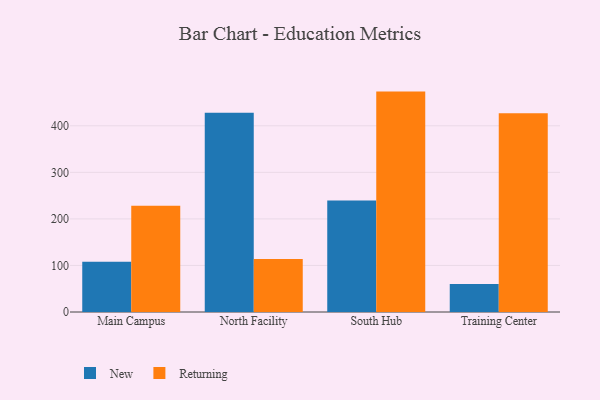
{"axis": {"x": "Campus", "y": "Energy Usage (MWh)"}, "legend": ["New", "Returning"], "data": [{"x": "Main Campus", "y": 107.9, "type": "New"}, {"x": "Main Campus", "y": 228.5, "type": "Returning"}, {"x": "North Facility", "y": 427.8, "type": "New"}, {"x": "North Facility", "y": 113.8, "type": "Returning"}, {"x": "South Hub", "y": 239.5, "type": "New"}, {"x": "South Hub", "y": 473.5, "type": "Returning"}, {"x": "Training Center", "y": 60.4, "type": "New"}, {"x": "Training Center", "y": 427.2, "type": "Returning"}]}